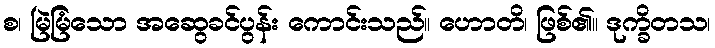
စ၊ မြဲမြံသော အဆွေခင်ပွန်း ကောင်းသည်။ ဟောတိ၊ ဖြစ်၏။ ဒုက္ခိတသ၊